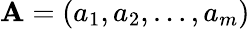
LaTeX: \mathbf{A}=(a_{1},a_{2},\dots,a_{m})